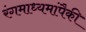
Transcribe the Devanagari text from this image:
रंगमाध्यमांपैकी